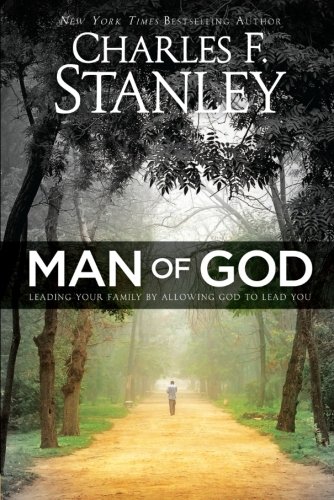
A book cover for Man of God: Leading Your Family by Allowing God to Lead You; Charles Stanley; Christian Books & Bibles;